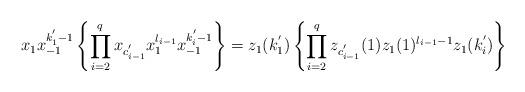
LaTeX: \begin{align*}x_{1}x_{-1}^{k^{'}_1-1}\left\{\prod_{i=2}^{q}x_{c^{'}_{i-1}}x_{1}^{l_{i-1}}x_{-1}^{k^{'}_{i}-1}\right\}=z_{1}(k^{'}_1)\left\{\prod_{i=2}^{q}z_{c^{'}_{i-1}}(1)z_{1}(1)^{l_{i-1}-1}z_{1}(k^{'}_{i})\right\}\end{align*}